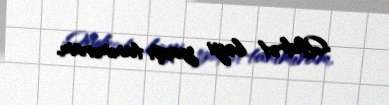
Qüdrət bəyi yaxşı tanımıram.